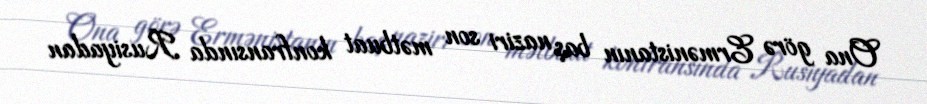
Ona görə Ermənistanın baş naziri son mətbuat konfransında Rusiyadan